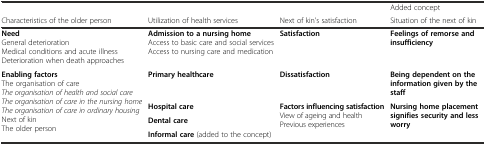
|  |  |  | Added concept |
 | Characteristics of the older person | Utilization of health services | Next of kin’s satisfaction | Situation of the next of kin |
 | --- | --- | --- | --- |
 | NeedGeneral deteriorationMedical conditions and acute illnessDeterioration when death approaches | Admission to a nursing homeAccess to basic care and social servicesAccess to nursing care and medication | Satisfaction | Feelings of remorse and insufficiency |
 | <ROWSPAN=4> Enabling factorsThe organisation of careThe organisation of health and social careThe organisation of care in the nursing homeThe organisation of care in ordinary housingNext of kinThe older person | Primary healthcare | Dissatisfaction | Being dependent on the information given by the staff |
 | Hospital care | <ROWSPAN=3> Factors influencing satisfactionView of ageing and healthPrevious experiences | <ROWSPAN=3> Nursing home placement signifies security and less worry |
 | Dental care |
 | Informal care (added to the concept) |